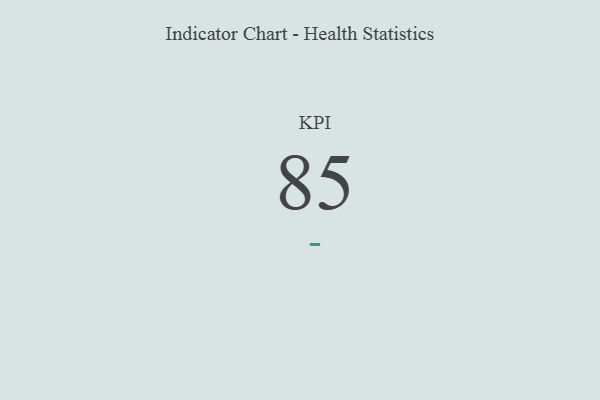
{"axis": {"x": "KPI", "y": "Value"}, "legend": [""], "data": [{"x": "KPI", "y": 85, "type": ""}]}